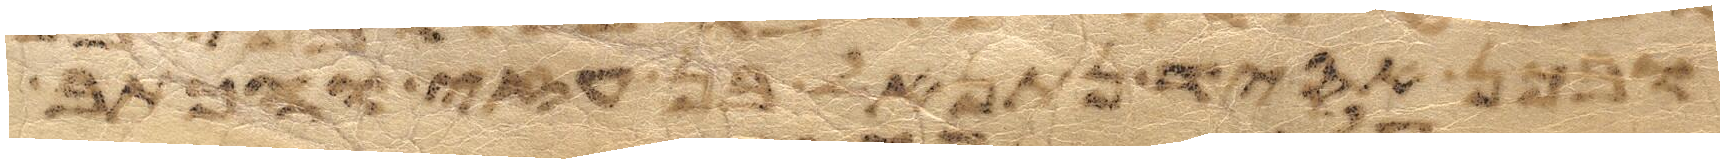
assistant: תבן אין נתן לעבדיך ולבנים